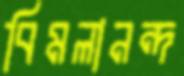
বিমলানন্দ